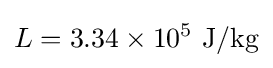
L=3.34\times 10^{5}~\mathrm {J/kg}